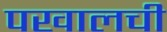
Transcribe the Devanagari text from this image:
पखालची